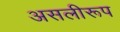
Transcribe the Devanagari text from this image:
असलीरूप